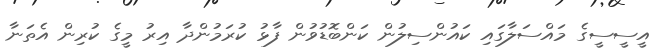
އީސީސީގެ މައްސަލާގައި ކައުންސިލުން ކަންބޮޑުވުން ފާޅު ކުރަމުންދާ އިރު މީގެ ކުރިން އެތަނާ